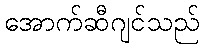
အောက်ဆီဂျင်သည်